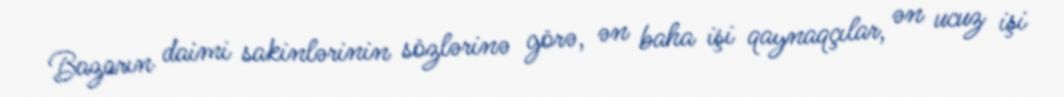
Bazarın daimi sakinlərinin sözlərinə görə, ən baha işi qaynaqçılar, ən ucuz işi